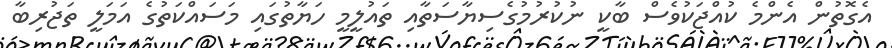
އެގޮތުން އެންމެ ކުއްޖަކުވެސް ބާކީ ނުކުރުމުގެސިޔާސަތާއި ތައުލީމީ ހަޔާތުގައި މަސައްކަތުގެ އަމަލީ ތަޖުރިބާ